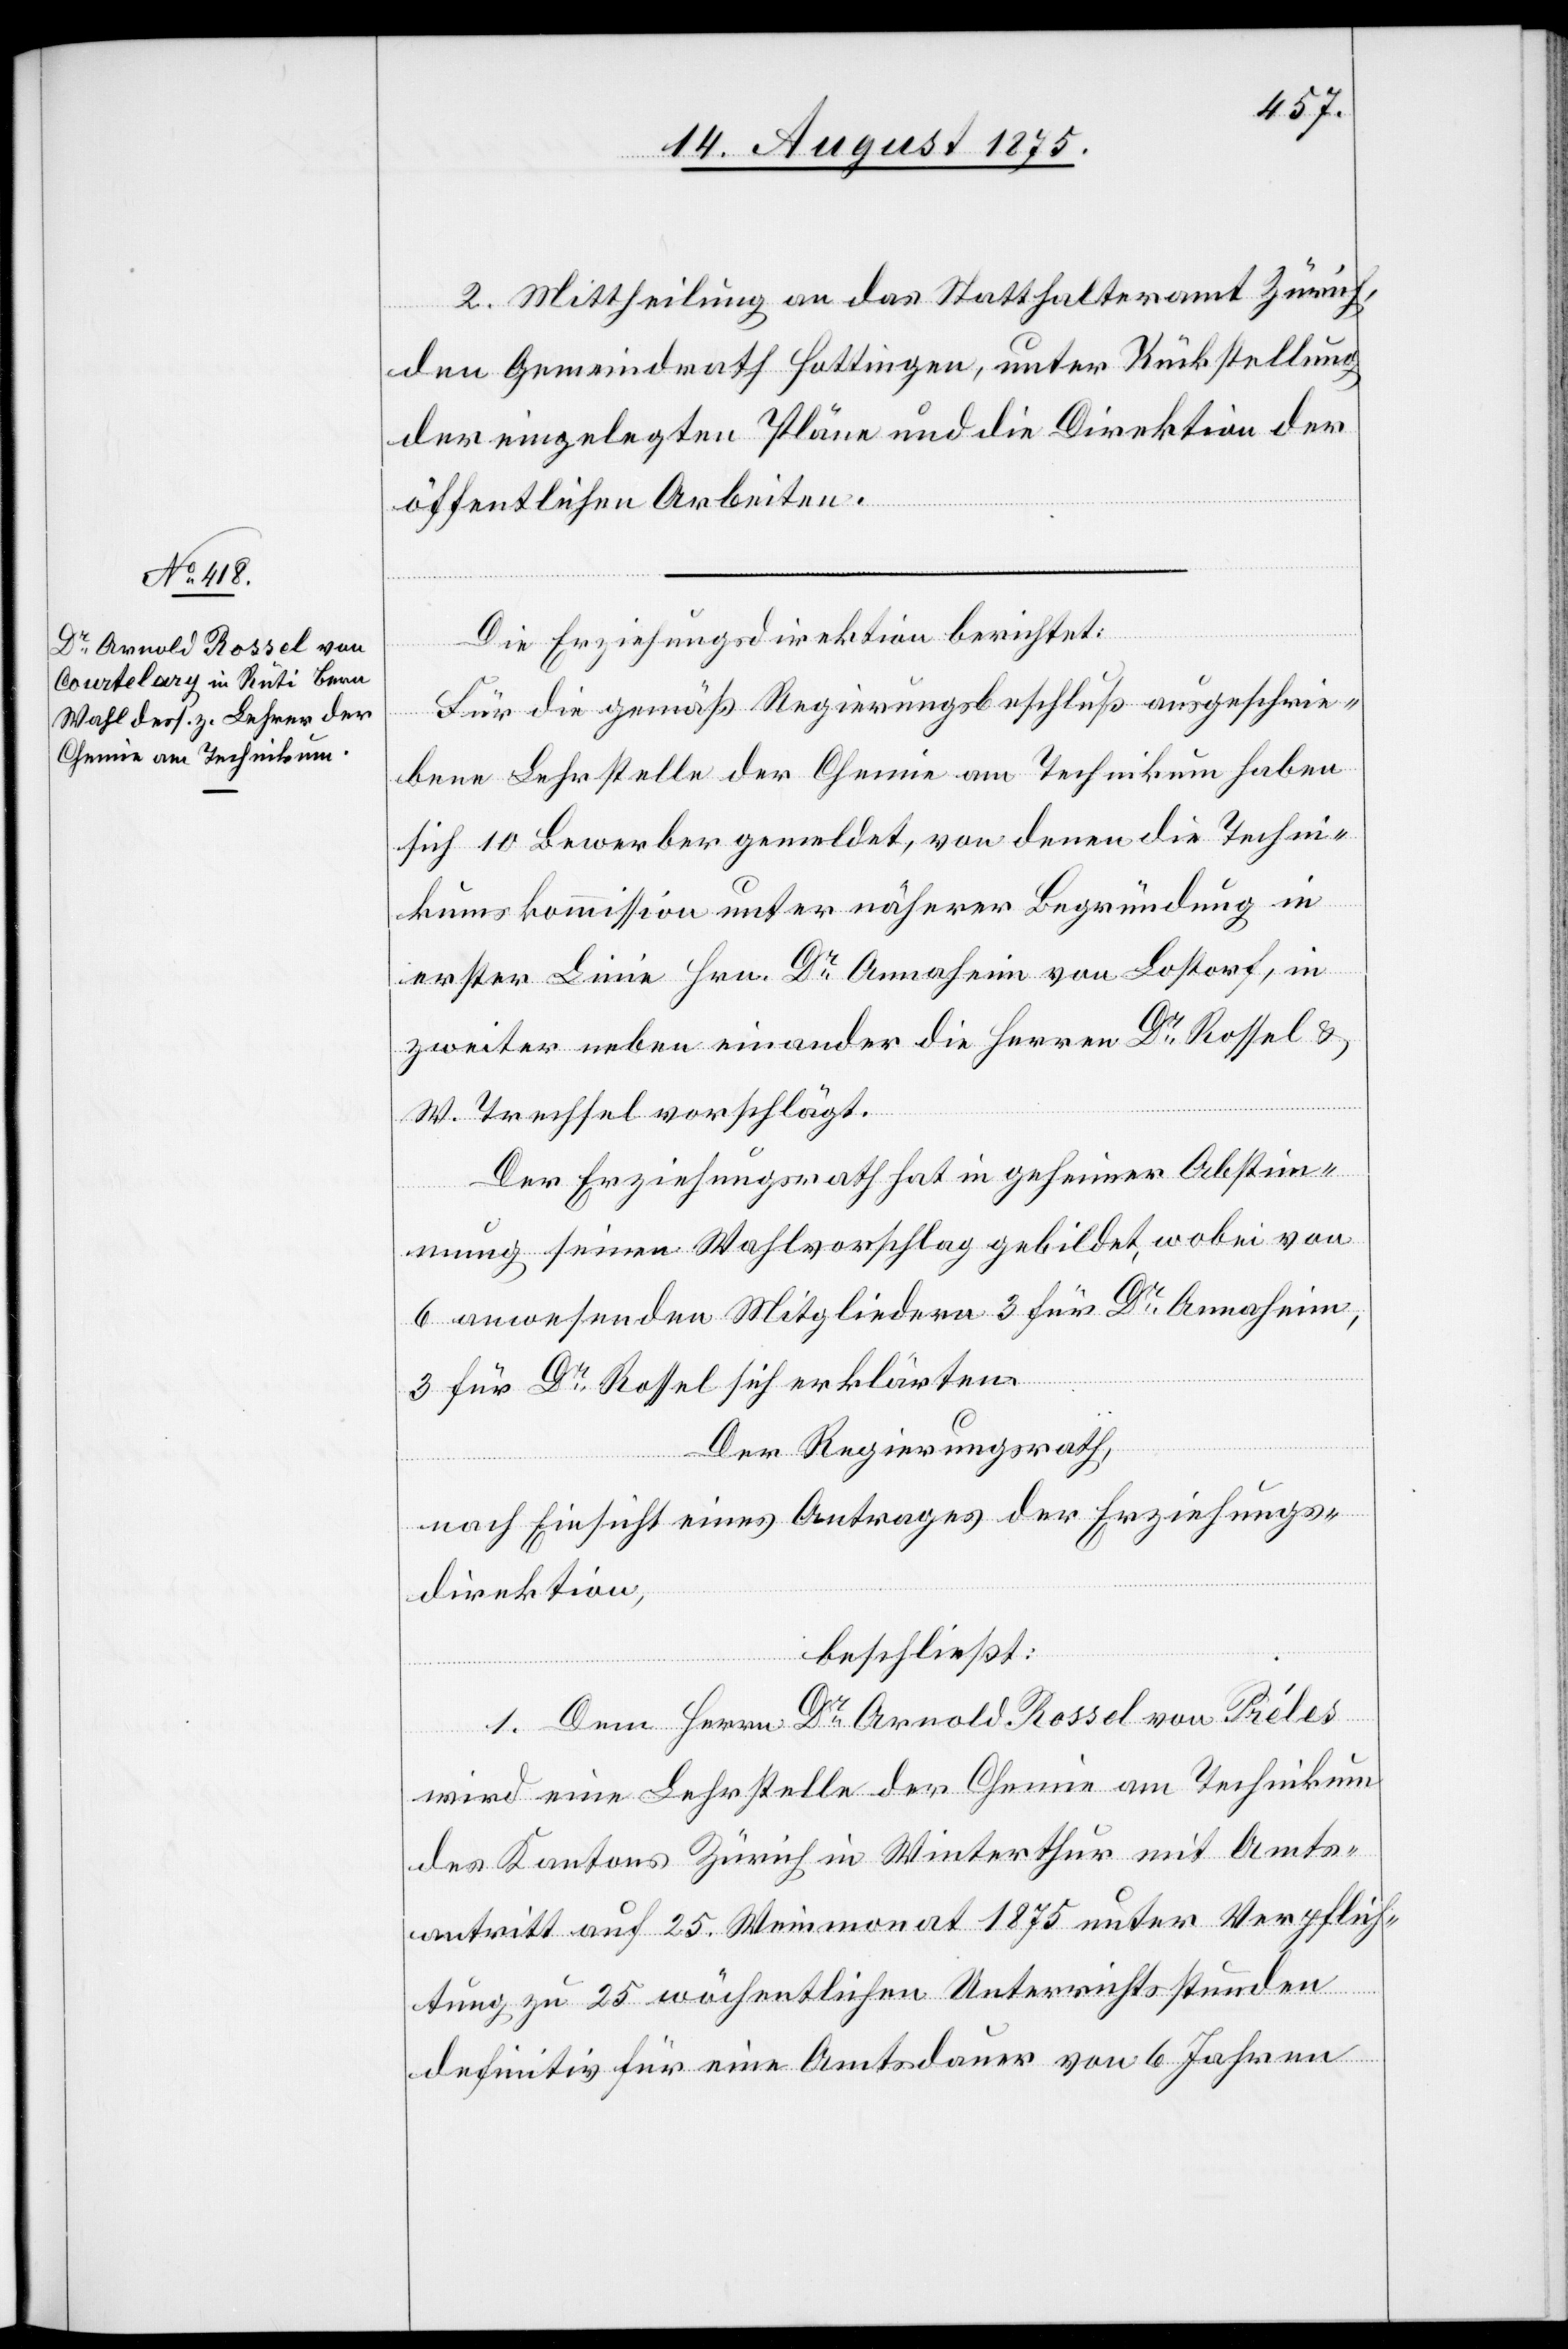
2. Mittheilung an das Statthalteramt Zürich,
den Gemeindrath Hottingen, unter Rückstellung
der eingelegten Pläne und die Direktion der
öffentlichen Arbeiten.
Die Erziehungsdirektion berichtet:
Für die gemäß Regierungsbeschluß ausgeschrie¬
bene Lehrstelle der Chemie am Technikum haben
sich 10 Bewerber gemeldet, von denen die Techni¬
kumskommission unter näherer Begründung in
erster Linie Hrn. Dr Annaheim von Lostorf, in
zweiter neben einander die Herren Dr Rossel &
W. Trechsel vorschlägt.
Der Erziehungsrath hat in geheimer Abstim¬
mung seinen Wahlvorschlag gebildet, wobei von
6 anwesenden Mitgliedern 3 für Dr Annaheim,
3 für Dr Rossel sich erklärten.
Der Regierungsrath,
nach Einsicht eines Antrages der Erziehungs¬
direktion,
beschließt:
1. Dem Herrn Dr Arnold Rossel von Préles
wird eine Lehrstelle der Chemie am Technikum
des Kantons Zürich in Winterthur mit Amts¬
antritt auf 25. Weinmonat 1875 unter Verpflich¬
tung zu 25 wöchentlichen Unterrichtsstunden
definitiv für eine Amtsdauer von 6 Jahren